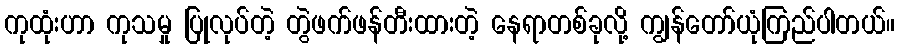
ကုထုံးဟာ ကုသမှု ပြုလုပ်တဲ့ တွဲဖက်ဖန်တီးထားတဲ့ နေရာတစ်ခုလို့ ကျွန်တော်ယုံကြည်ပါတယ်။